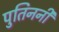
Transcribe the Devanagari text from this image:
पुतिननी